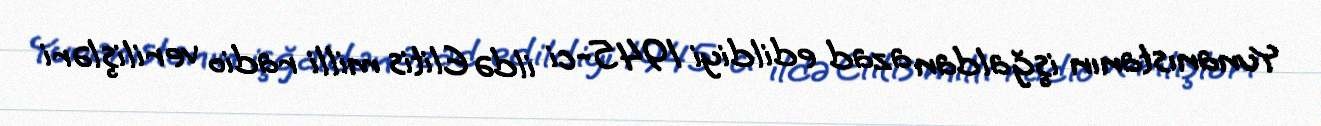
Yunanıstanın işğaldan azad edildiyi 1945-ci ildə Elitis milli radio verilişləri